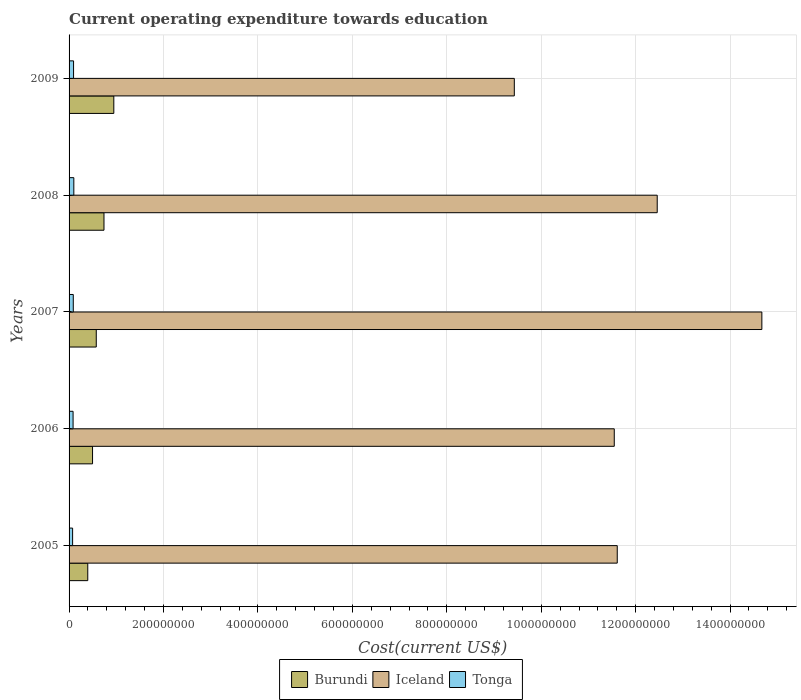
| Years | Burundi | Iceland | Tonga |
 | --- | --- | --- | --- |
 | 2005 | 3.96e+07 | 1.16e+09 | 7.5e+06 |
 | 2006 | 4.97e+07 | 1.15e+09 | 8.5e+06 |
 | 2007 | 5.76e+07 | 1.47e+09 | 8.9e+06 |
 | 2008 | 7.39e+07 | 1.25e+09 | 1.01e+07 |
 | 2009 | 9.48e+07 | 9.43e+08 | 9.51e+06 |